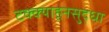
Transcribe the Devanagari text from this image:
टक्क्याहूनसुद्धा